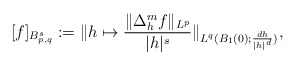
\begin{align*} [f]_{B_{p,q}^s}:=\|h\mapsto \frac{\|\Delta_h^mf\|_{L^p}}{|h|^s}\|_{L^q(B_1(0);\frac{dh}{|h|^d})},\end{align*}